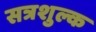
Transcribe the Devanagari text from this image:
सत्रशुल्क